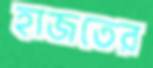
হাজতের